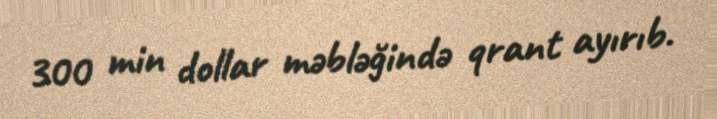
300 min dollar məbləğində qrant ayırıb.